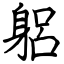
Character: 躳